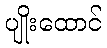
ပျိုးထောင်